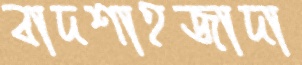
বাদশাহজাদা